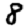
Digit: 8